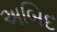
અબિદ